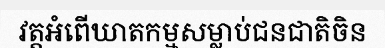
វត្តអំពើឃាតកម្មសម្លាប់ជនជាតិចិន